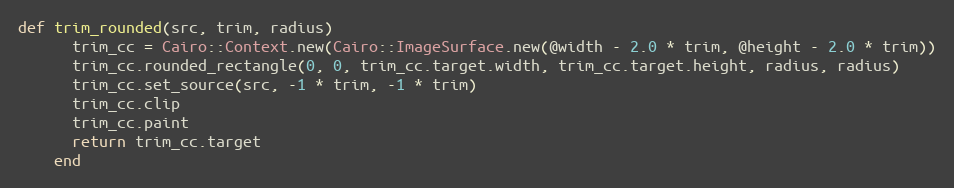
Language: Ruby
def trim_rounded(src, trim, radius)
      trim_cc = Cairo::Context.new(Cairo::ImageSurface.new(@width - 2.0 * trim, @height - 2.0 * trim))
      trim_cc.rounded_rectangle(0, 0, trim_cc.target.width, trim_cc.target.height, radius, radius)
      trim_cc.set_source(src, -1 * trim, -1 * trim)
      trim_cc.clip
      trim_cc.paint
      return trim_cc.target
    end